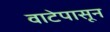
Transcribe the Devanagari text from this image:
वाटेपासून